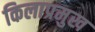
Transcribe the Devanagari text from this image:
किलाप्रमुख